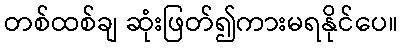
တစ်ထစ်ချ ဆုံးဖြတ်၍ကားမရနိုင်ပေ။